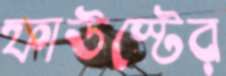
ফাউস্টের